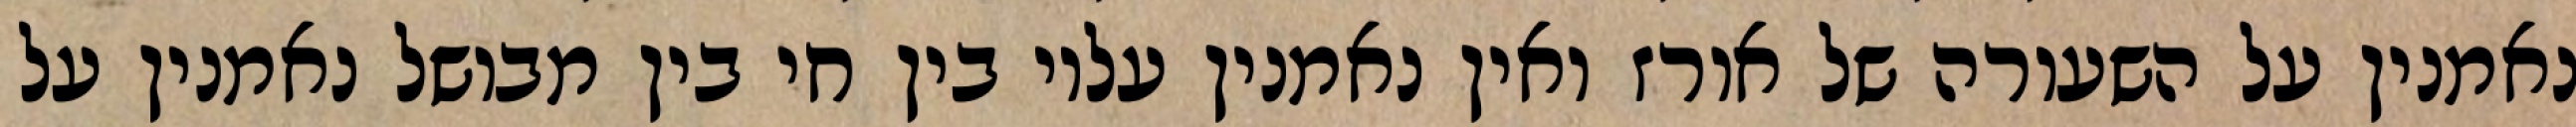
נאמנין על השעורה של אורז ואין נאמנין עליו בין חי בין מבושל נאמנין על